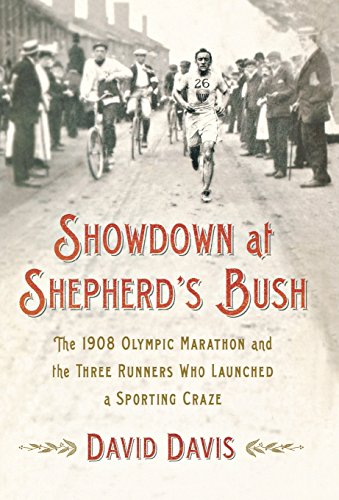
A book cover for Showdown at Shepherd's Bush: The 1908 Olympic Marathon and the Three Runners Who Launched a Sporting Craze; David Davis; Sports & Outdoors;